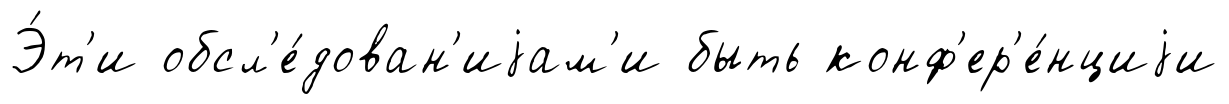
Э́т'и обсл'е́дован'иjам'и быть конф'ер'е́нциjи